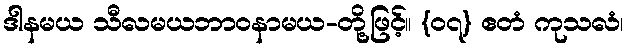
ဒါနမယ သီလမယဘာဝနာမယ-တို့ဖြင့်။ {၀၇} ဧတံ ကုသလံ၊